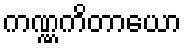
ကဏ္ဏကိတာယော